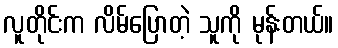
လူတိုင်းက လိမ်ပြောတဲ့ သူကို မုန်းတယ်။